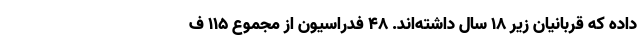
داده که قربانیان زیر ۱۸ سال داشته‌اند. ۴۸ فدراسیون از مجموع ۱۱۵ ف